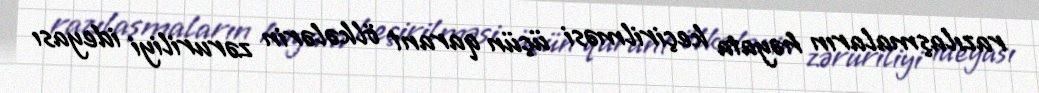
razılaşmaların həyata keçirilməsi üçün qarant ölkələrin zəruriliyi ideyası